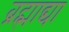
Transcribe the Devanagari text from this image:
ब्रह्माद्या